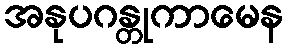
အနုပဂန္တုကာမေန